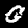
Label: 0